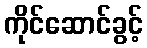
ကိုင်ဆောင်ခွင့်